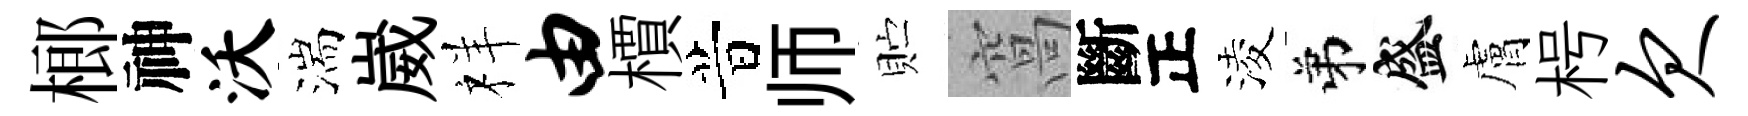
榔神沃湍崴祥由檟昔师贮窩斷正淩弟盛膚枵欠